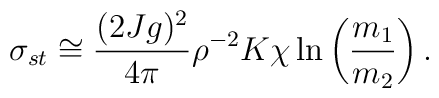
\sigma_{st}  \cong {(2Jg)^2  \over 4\pi} \rho^{-2}K \chi \ln \left( {m_1 \over m_2} \right) .